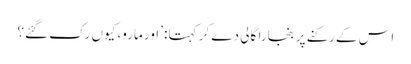
اس کے رکنے پر بنجارا گالی دے کر کہتا: ’اور مارو، کیوں رک گئے؟